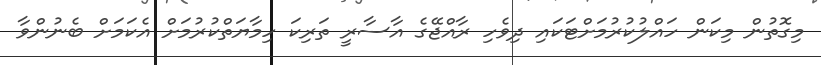
މިގޮތުން މިކަން ހައްލުކުރުމަށްޓަކައި ދިވެހި ރާއްޖޭގެ އާސާރީ ތަރިކަ ހިމާޔަތްކުރުމަށް އެކަމަށް ބެނުންވާ